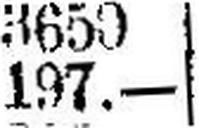
197.—